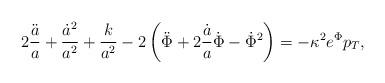
LaTeX: \begin{align*}2\frac{\ddot a}{a}+\frac{\dot a^2}{a^2}+\frac{k}{a^2}-2\left(\ddot\Phi+2\frac{\dot a}{a}\dot\Phi-\dot\Phi^2\right) = -\kappa^2 e^\Phi p_{T},\end{align*}